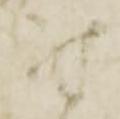
尉